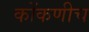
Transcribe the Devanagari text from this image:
कोंकणीच